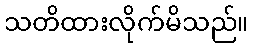
သတိထားလိုက်မိသည်။